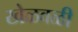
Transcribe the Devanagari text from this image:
खेळवळी